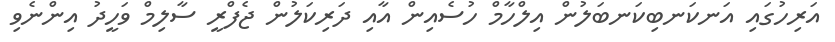
އަރިހުގައި އަނކަނބިކަނބަލުން އިލްހާމް ހުސެއިން އާއި ދަރިކަލުން ޖެފްރީ ސާލިމް ވަހީދު އިންނެވި